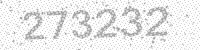
Solution: 273232